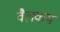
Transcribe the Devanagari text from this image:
वैलकम